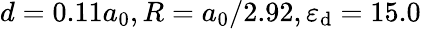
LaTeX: d=0.11a_{0},R=a_{0}/2.92,\varepsilon_{\mathrm{d}}=15.0